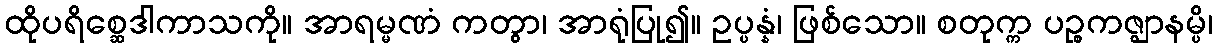
ထိုပရိစ္ဆေဒါကာသကို။ အာရမ္မဏံ ကတွာ၊ အာရုံပြု၍။ ဥပ္ပန္နံ၊ ဖြစ်သော။ စတုက္က ပဉ္စကဇ္ဈာနမ္ပိ၊